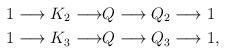
LaTeX: \begin{align*} 1 \longrightarrow K_2 \longrightarrow &Q \longrightarrow Q_2 \longrightarrow 1 \\1 \longrightarrow K_3 \longrightarrow &Q \longrightarrow Q_3 \longrightarrow 1,\end{align*}